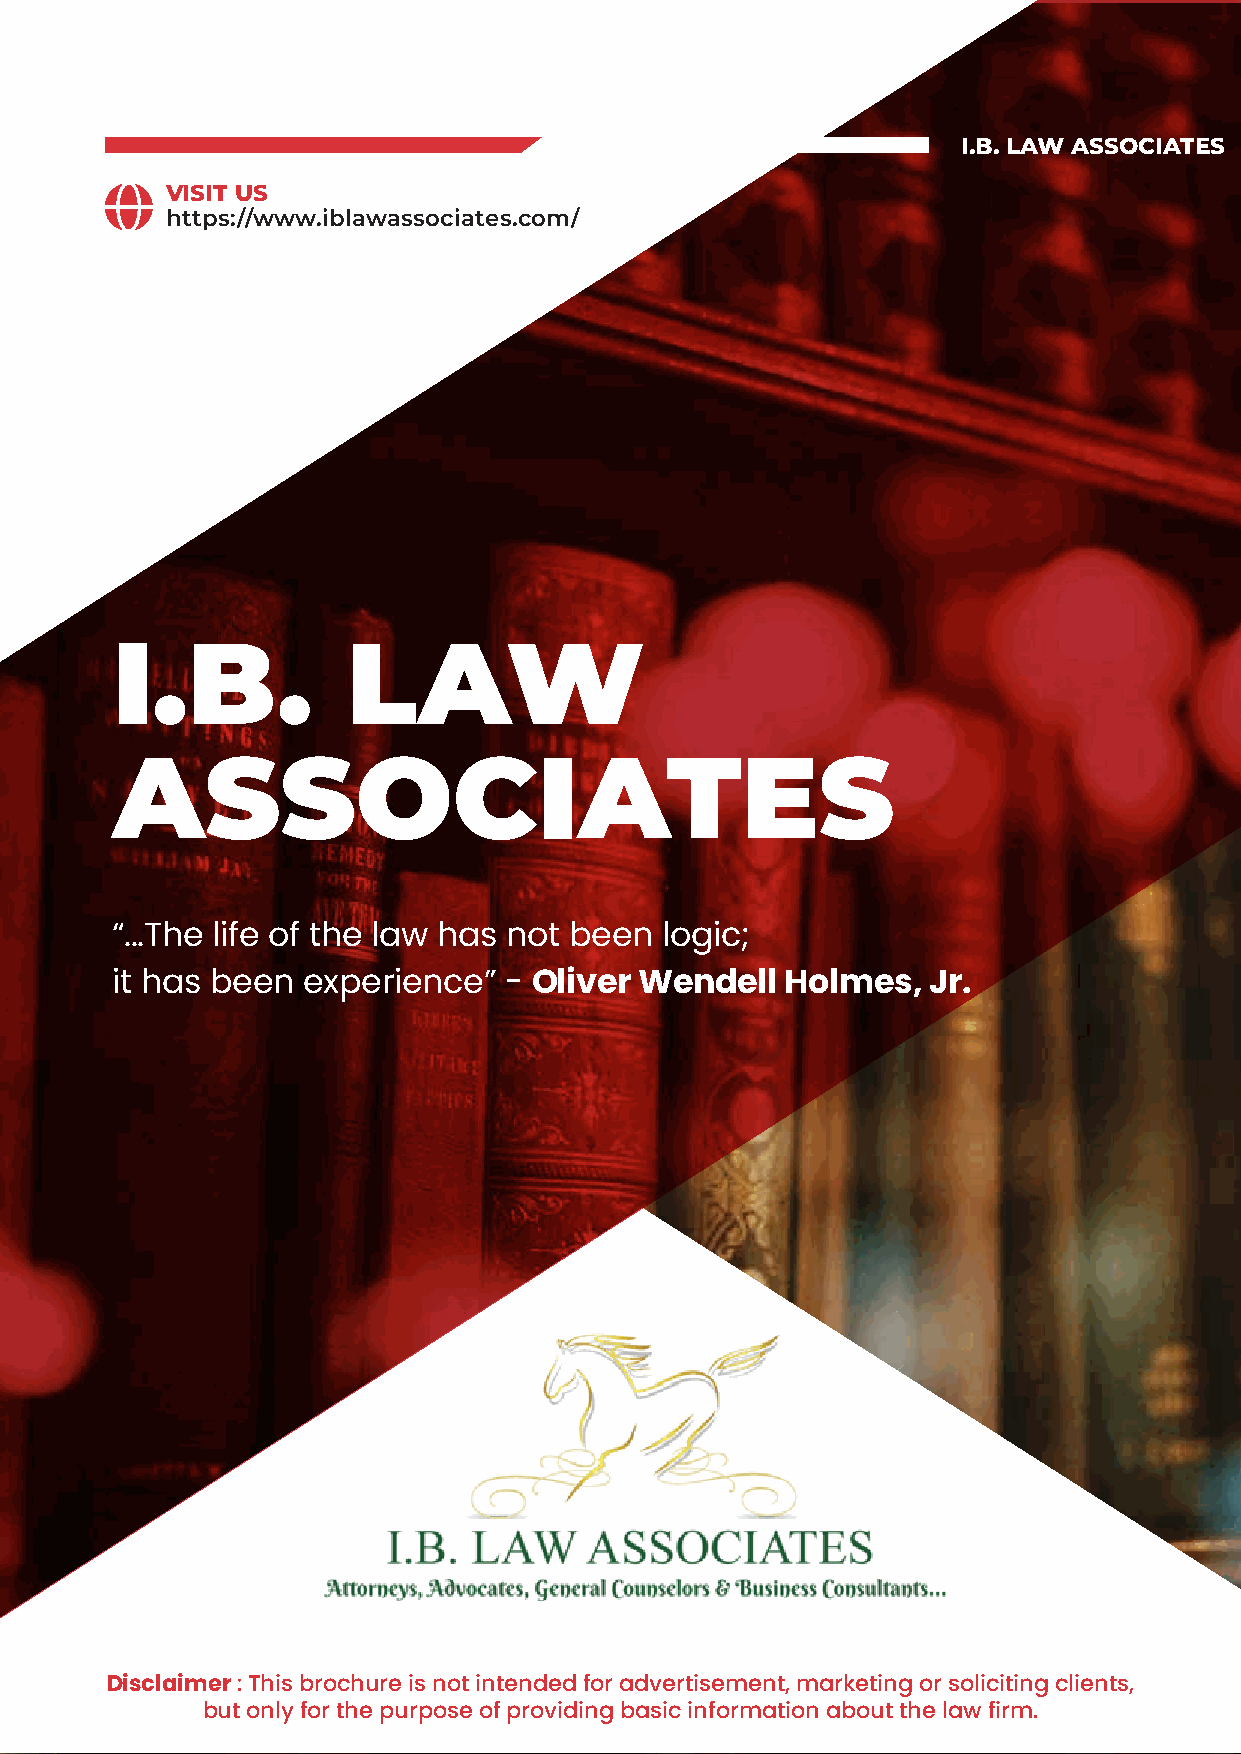
I.B. LAW ASSOCIATES
 VISIT US
 https://www.iblawassociates.com/
 I.B.            LAW
 ASSOCIATES
 “...The life of the law has not been logic;
 it has been  experience”  - Oliver Wendell   Holmes,  Jr.
 Disclaimer : This brochure is not intended for advertisement, marketing or soliciting clients,
 but only for the purpose of providing basic information about the law firm.